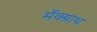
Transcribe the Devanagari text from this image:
मॅक्ग्राथ